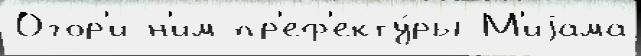
Огор'и н'им пр'еф'екту́ры М'иjама